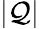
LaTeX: |\mathcal{Q}|